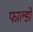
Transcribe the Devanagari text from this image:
फाल्डो